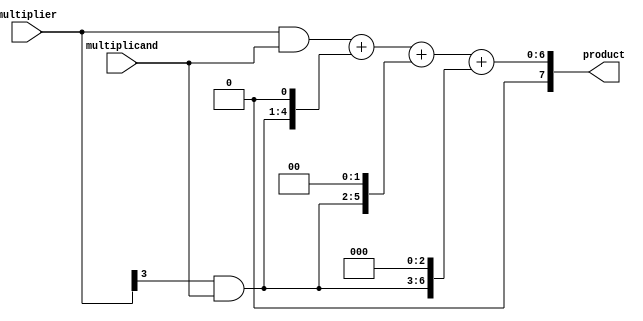
module BoothMultiplier (
    input wire [3:0] multiplicand,
    input wire [3:0] multiplier,
    output reg [7:0] product
);

reg [7:0] partial_product [3:0];
reg [6:0] accumulator;

// Generate partial products
always @(*) begin
    partial_product[0] = {4'b0, multiplier} & multiplicand;
    partial_product[1] = {3'b0, multiplier[3]} & multiplicand;
    partial_product[2] = {2'b0, multiplier[3]} & multiplicand;
    partial_product[3] = {1'b0, multiplier[3]} & multiplicand;
end

// Accumulate partial products
always @(*) begin
    accumulator = partial_product[0] + (partial_product[1] << 1) + (partial_product[2] << 2) + (partial_product[3] << 3);
end

// Output product
always @(*) begin
    product = accumulator;
end

endmodule